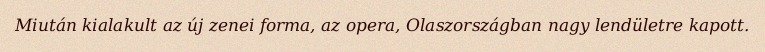
Miután kialakult az új zenei forma, az opera, Olaszországban nagy lendületre kapott.